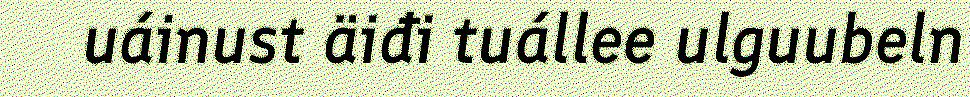
uáinust äiđi tuállee ulguubeln